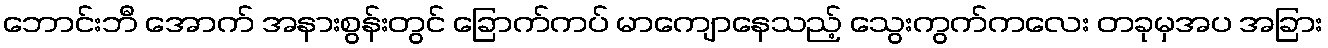
ဘောင်းဘီ အောက် အနားစွန်းတွင် ခြောက်ကပ် မာကျောနေသည့် သွေးကွက်ကလေး တခုမှအပ အခြား